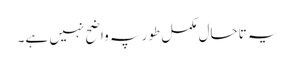
یہ تاحال مکمل طور پہ واضح نہیں ہے۔